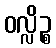
ဝလ္လိဉ္စ